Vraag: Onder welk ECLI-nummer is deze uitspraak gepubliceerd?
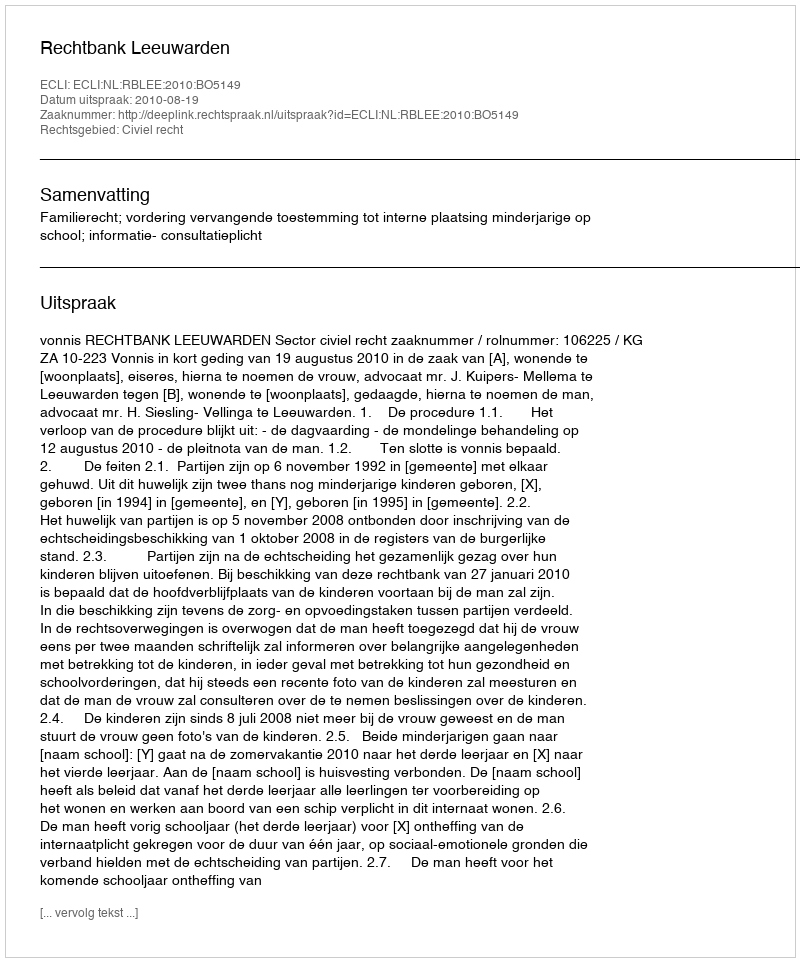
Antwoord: ECLI:NL:RBLEE:2010:BO5149